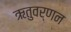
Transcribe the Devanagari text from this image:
ऋतुवर्णन